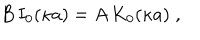
LaTeX: B \, I _ { 0 } ( \kappa a ) = A \, K _ { 0 } ( \kappa a ) \; ,